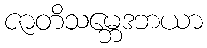
ဇာတိသမ္ဘေဒဘယာ